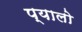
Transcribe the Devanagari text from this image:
प्यालो